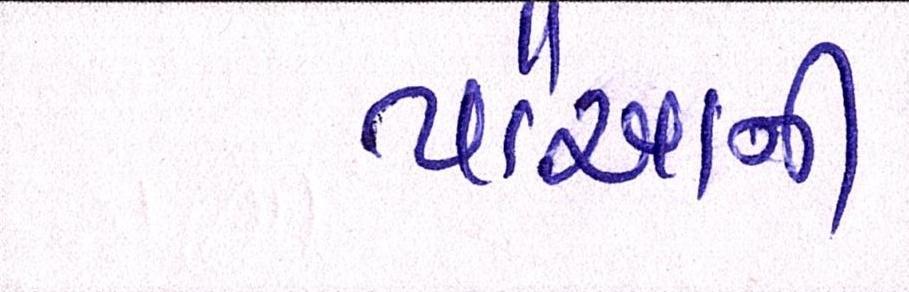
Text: પૌઆની